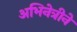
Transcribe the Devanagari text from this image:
अभिनेत्रीने